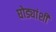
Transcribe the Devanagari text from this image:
घोड्यांशी